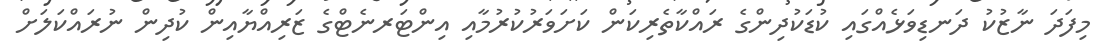
މިފަދަ ނާޒުކު ދަނޑިވަޅެއްގައި ކުޑަކުދިންގެ ރައްކާތެރިކަން ކަށަވަރުކުރުމާއި އިންޓަރނެޓްގެ ޒަރިއްޔާއިން ކުދިން ނުރައްކަލަށް